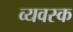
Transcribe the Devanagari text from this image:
व्यवस्क